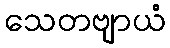
သေတဗျာယံ